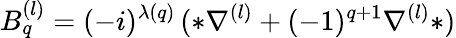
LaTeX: B_{q}^{(l)}=(-i)^{\lambda(q)}\, (*\nabla^{(l)}+(-1)^{q+1}\nabla^{(l)}*)